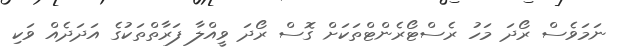
ނަމަވެސް ރޯދަ މަހު ރެސްޓޯރެންޓްތަކަށް ގޮސް ރޯދަ ވީއްލާ ފަރާތްތަކުގެ އަދަދެއް ވަކި